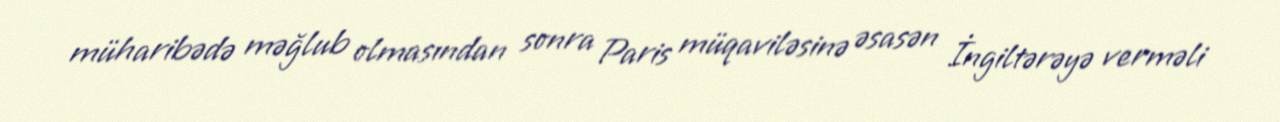
müharibədə məğlub olmasından sonra Paris müqaviləsinə əsasən İngiltərəyə verməli